Report of an investigation of the epidemic of malarial fever in Assam, or, kala-azar
Disease focus: Malaria
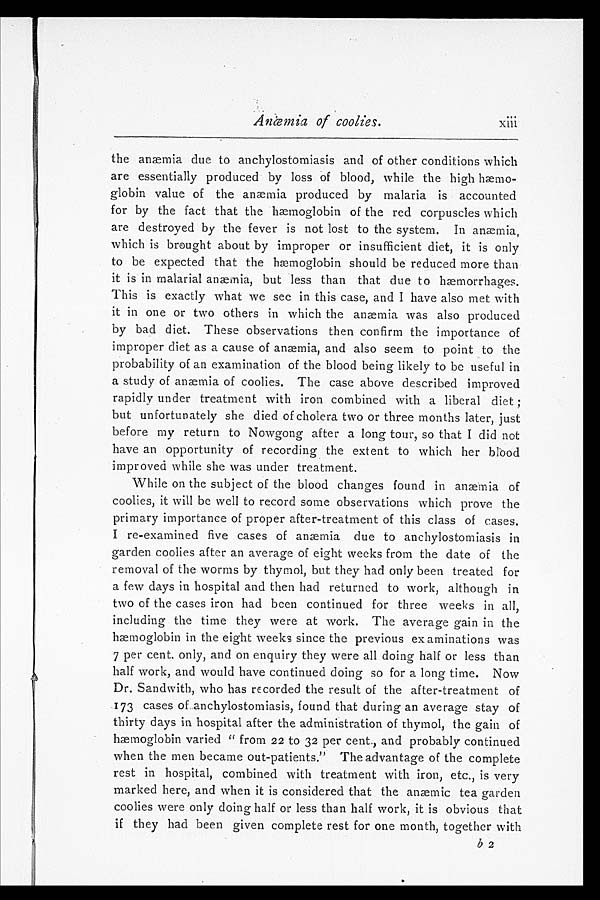
Anæmia of coolies.
xiii
the anæmia due to anchylostomiasis and of other conditions which
are essentially produced by loss of blood, while the high hæm
o - g l o b i n v a l u e o f t h e a n æ m i a p r o d u c e d b y m a l a r i a i s a c c o u n t e d
for by the fact that the hæmoglobin of the red corpuscles which
are destroyed by the fever is not lost to the system. In anæmia,
which is brought about by improper or insufficient diet, it is only
to be expected that the hæmoglobin should be reduced more than
it is in malarial anæmia, but less than that due to hæmorrhages.
This is exactly what we see in this case, and I have also met with
it in one or two others in which the anæmia was also produced
by bad diet. These observations then confirm the importance of
improper diet as a cause of anæmia, and also seem to point to the
probability of an examination of the blood being likely to be useful in
a study of anæmia of coolies. The case above described improved
rapidly under treatment with iron combined with a liberal diet;
but unfortunately she died of cholera two or three months later, just
before my return to Nowgong after a long tour, so that I did not
have an opportunity of recording the extent to which her blood
improved while she was under treatment.
While on the subject of the blood changes found in anæmia of
coolies, it will be well to record some observations which prove the
primary importance of proper after-treatment of this class of cases.
I re-examined five cases of anæmia due to anchylostomiasis in
garden coolies after an average of eight weeks from the date of the
removal of the worms by thymol, but they had only been treated for
a few days in hospital and then had returned to work, although in
two of the cases iron had been continued for three weeks in all,
including the time they were at work. The average gain in the
hæmoglobin in the eight weeks since the previous ex aminations was
7 per cent. only, and on enquiry they were all doing half or less than
half work, and would have continued doing so for a long time. Now
Dr. Sandwith, who has recorded the result of the after-treatment of
173 cases of anchylostomiasis, found that during an average stay of
thirty days in hospital after the administration of thymol, the gain of
hæmoglobin varied "from 22 to 32 per cent., and probably continued
when the men became out-patients." The advantage of the complete
rest in hospital, combined with treatment with iron, etc., is very
marked here, and when it is considered that the anæmic tea garden
coolies were only doing half or less than half work, it is obvious that
if they had been given complete rest for one month, together with
b 2